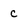
Character: c